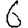
Digit: 6